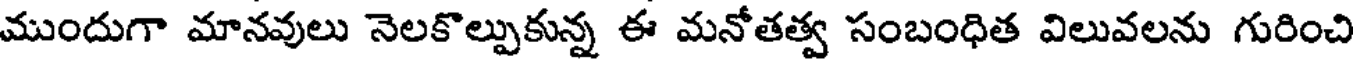
ముందుగా మానవులు నెలకొల్పుకున్న ఈ మనోతత్వ సంబంధిత విలువలను గురించి